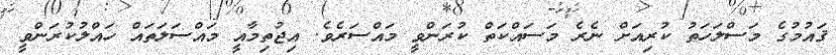
ޤައުމުގެ މަސްލަހަތު ކުރިއަށް ނެރެ މަސައްކަތް ކުރަންވީ މައްސަރެވެ. އިޖުތިމާއީ މައްސަލަތައް ހައްލުކުރަންވީ